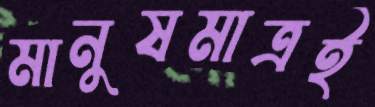
মানুষমাত্রই